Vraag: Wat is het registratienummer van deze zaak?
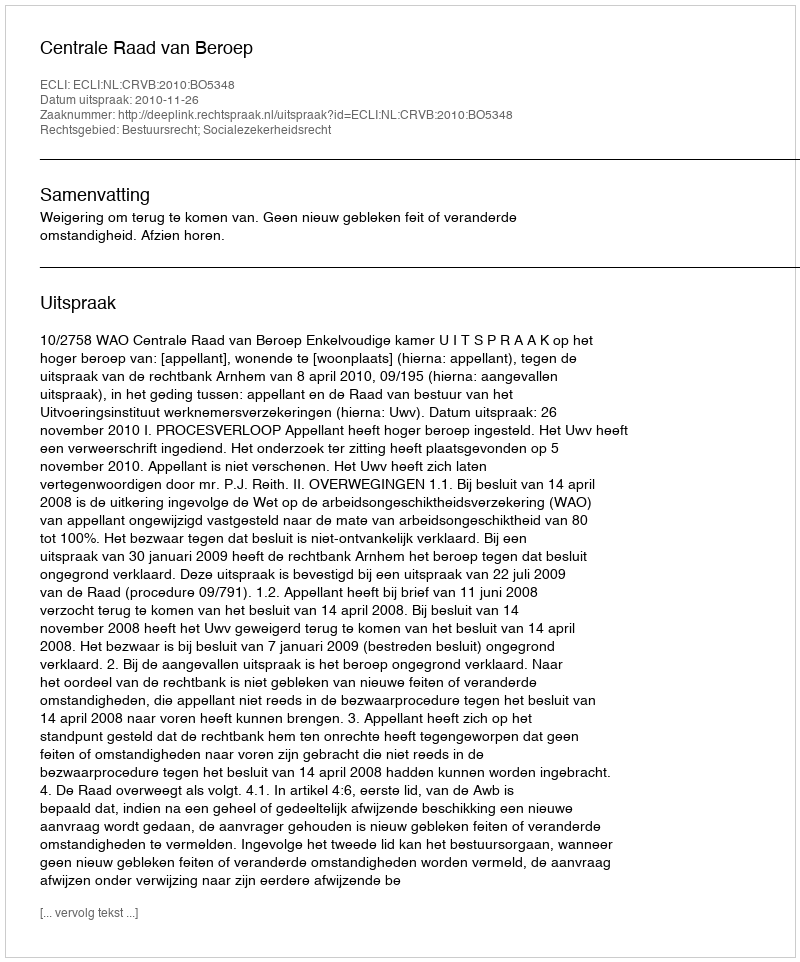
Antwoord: http://deeplink.rechtspraak.nl/uitspraak?id=ECLI:NL:CRVB:2010:BO5348